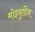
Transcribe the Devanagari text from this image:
मोइनुद्दिन